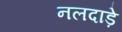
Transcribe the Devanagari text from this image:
नलदाड़े